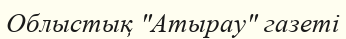
Облыстық "Атырау" газеті